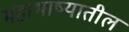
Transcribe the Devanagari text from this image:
महाभाष्यातील